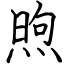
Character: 煦